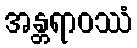
အန္တရာဝဿံ